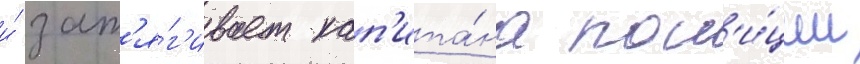
и́ зат'я́г'ивает кап'ита́на пол'и́ции